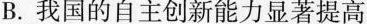
B. 我国的自主创新能力显著提高